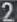
2